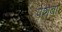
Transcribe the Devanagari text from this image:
पेशबा